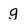
Character: g